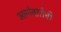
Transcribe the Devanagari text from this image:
आणेवारीची